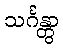
သင်္ဂန္တွာ